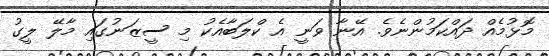
މޮޅުމެއް ދައްކަމުންނެވެ. އޭނާ ވަނީ އެ ކްލަބާއެކު މި ސީޒަނުގައި މާލޭ ލީގު